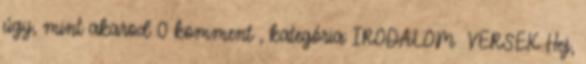
úgy, mint akarod 0 komment , kategória: IRODALOM VERSEK Hej,